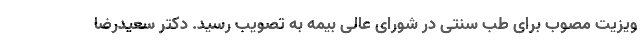
ویزیت مصوب برای طب سنتی در شورای عالی بیمه به تصویب رسید. دکتر سعیدرضا